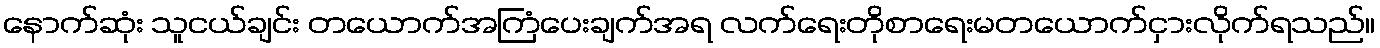
နောက်ဆုံး သူငယ်ချင်း တယောက်အကြံပေးချက်အရ လက်ရေးတိုစာရေးမတယောက်ငှားလိုက်ရသည်။